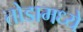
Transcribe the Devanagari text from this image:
तोडामध्ये